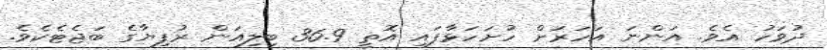
ދުވަހު އެވެ. އަންނަ އަހަރަށް ހުށަހަޅާފައި އޮތީ 36.9 ބިލިއަން ރުފިޔާގެ ބަޖެޓެކެވެ.